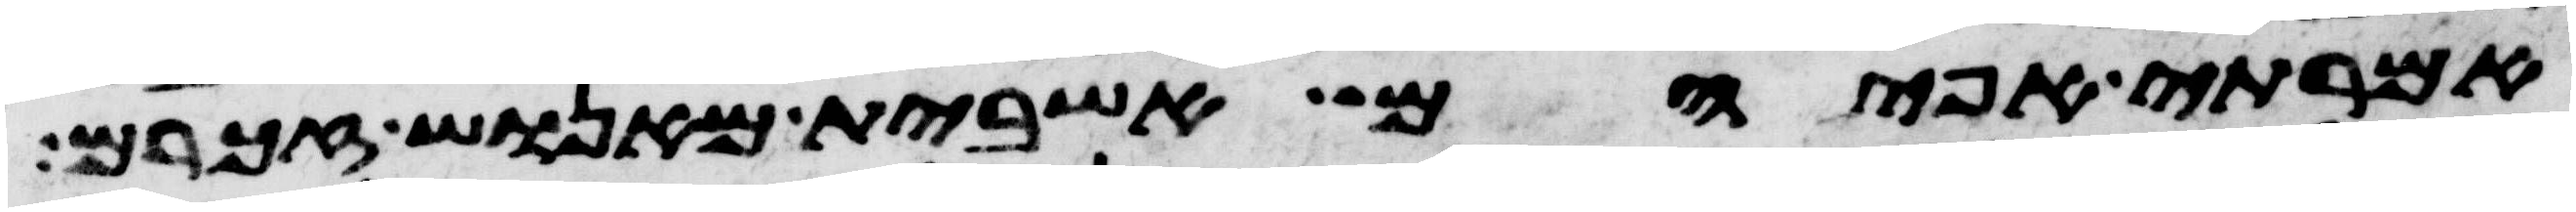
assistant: אמרתי אפי הם אשבית מאנוש זכרם